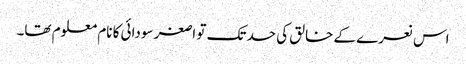
اس نعرے کے خالق کی حد تک تو اصغر سودائی کا نام معلوم تھا۔